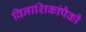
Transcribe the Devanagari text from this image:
विनाशिकांपैकी